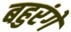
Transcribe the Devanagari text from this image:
बहुरंगे